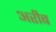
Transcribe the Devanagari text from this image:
अरीब